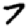
Digit: 7